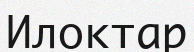
Илоктар